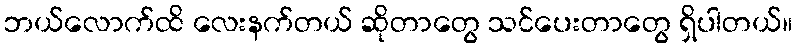
ဘယ်လောက်ထိ လေးနက်တယ် ဆိုတာတွေ သင်ပေးတာတွေ ရှိပါတယ်။